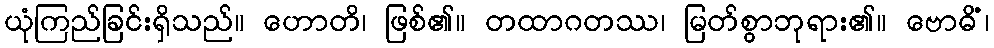
ယုံကြည်ခြင်းရှိသည်။ ဟောတိ၊ ဖြစ်၏။ တထာဂတဿ၊ မြတ်စွာဘုရား၏။ ဗောဓိံ၊